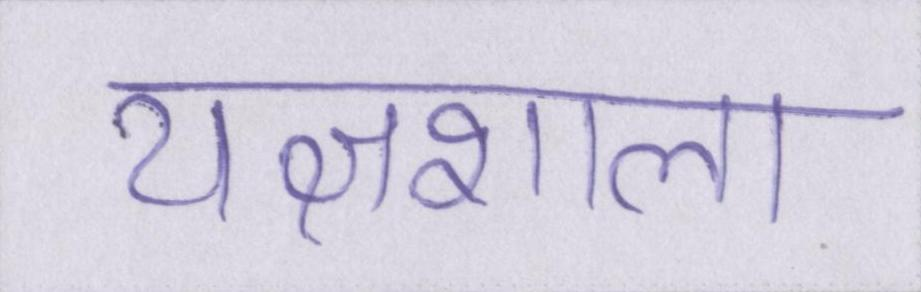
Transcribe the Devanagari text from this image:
यज्ञशाला